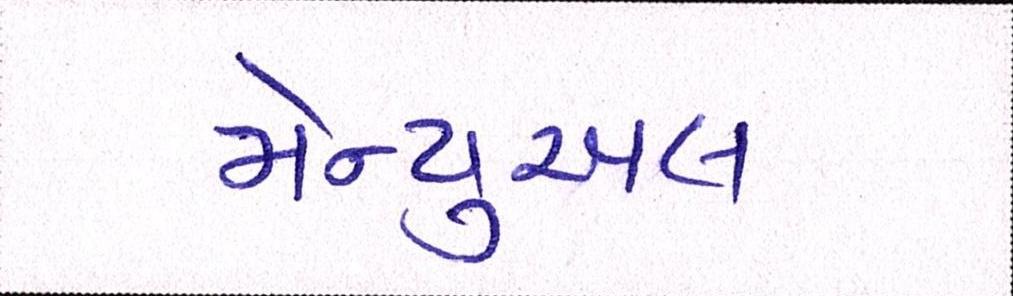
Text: મેન્યુઅલ